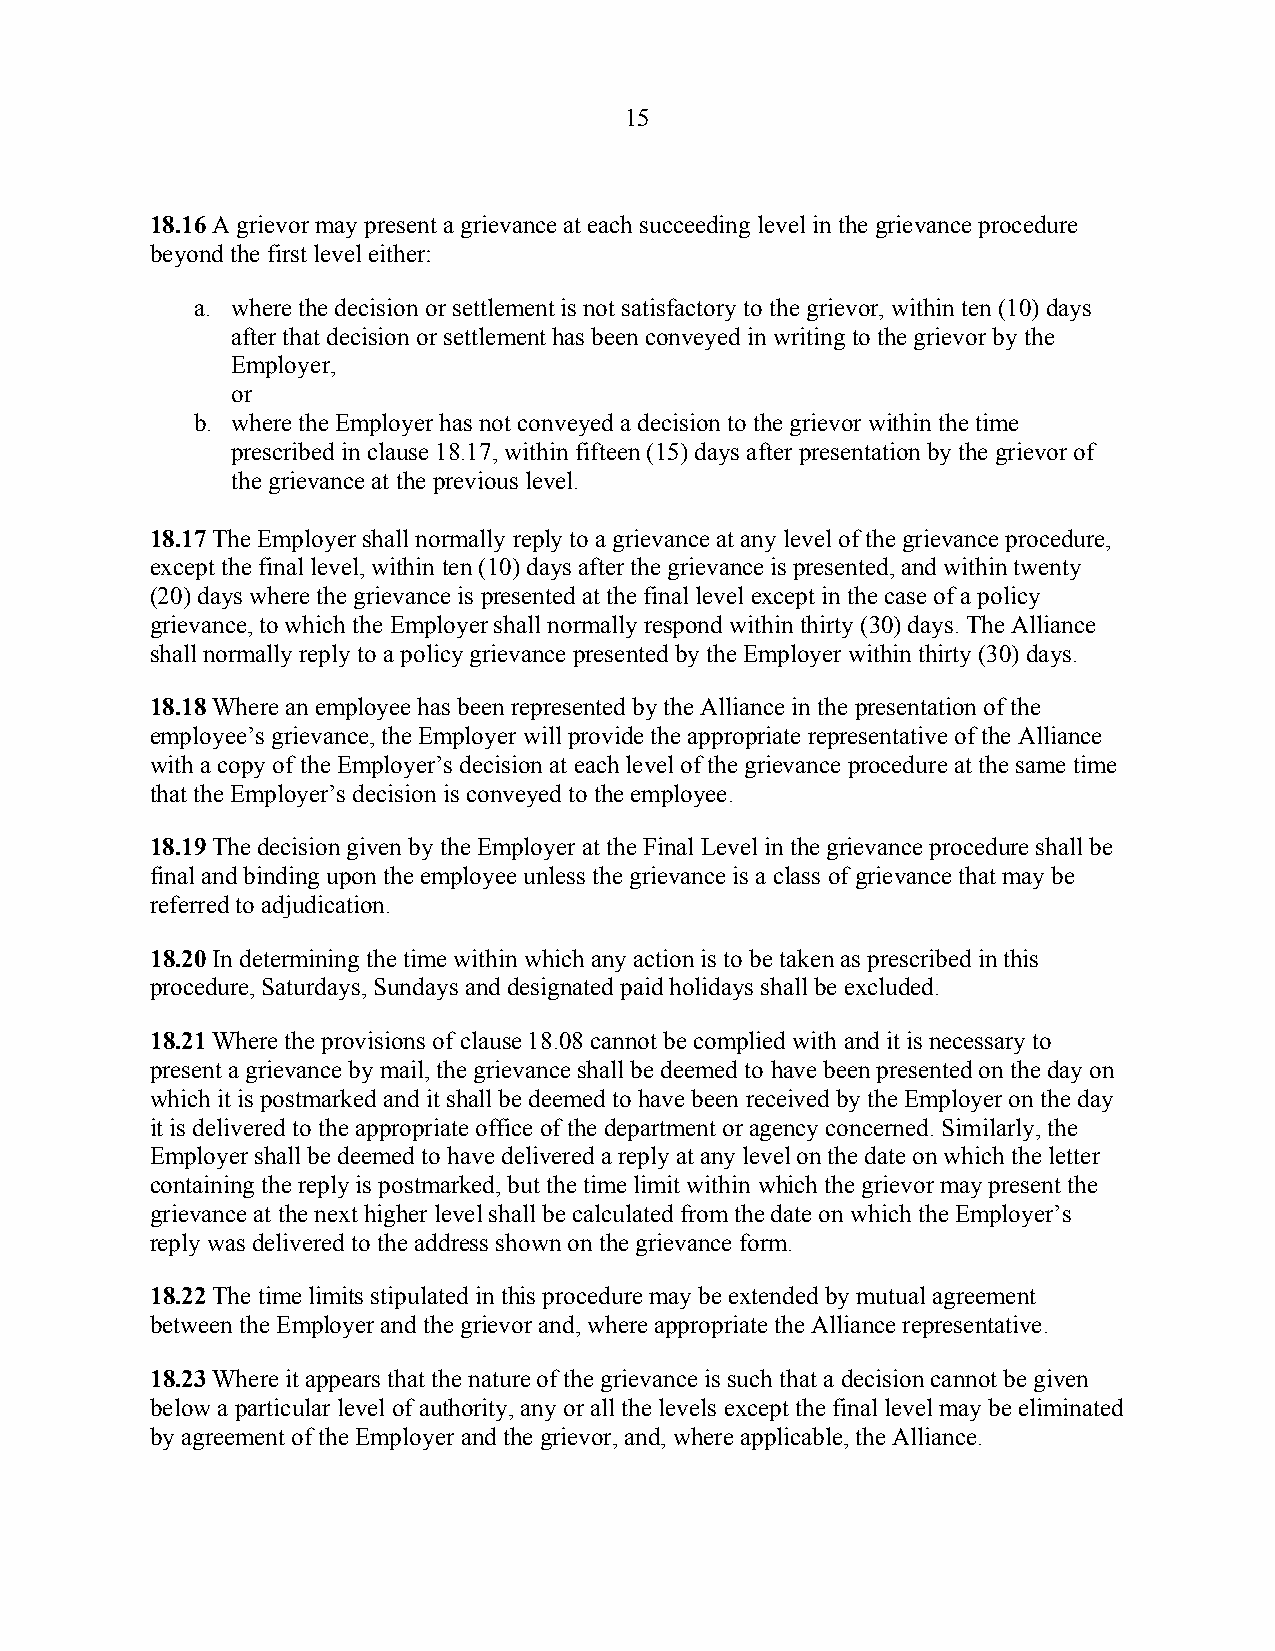
15
 18.16 A grievor may present a grievance at each succeeding level in the grievance procedure
 beyond the first level either:
 a. where the decision or settlement is not satisfactory to the grievor, within ten (10) days
 after that decision or settlement has been conveyed in writing to the grievor by the
 Employer,
 or
 b. where the Employer has not conveyed a decision to the grievor within the time
 prescribed in clause 18.17, within fifteen (15) days after presentation by the grievor of
 the grievance at the previous level.
 18.17 The Employer shall normally reply to a grievance at any level of the grievance procedure,
 except the final level, within ten (10) days after the grievance is presented, and within twenty
 (20) days where the grievance is presented at the final level except in the case of a policy
 grievance, to which the Employer shall normally respond within thirty (30) days. The Alliance
 shall normally reply to a policy grievance presented by the Employer within thirty (30) days.
 18.18 Where an employee has been represented by the Alliance in the presentation of the
 employee’s grievance, the Employer will provide the appropriate representative of the Alliance
 with a copy of the Employer’s decision at each level of the grievance procedure at the same time
 that the Employer’s decision is conveyed to the employee.
 18.19 The decision given by the Employer at the Final Level in the grievance procedure shall be
 final and binding upon the employee unless the grievance is a class of grievance that may be
 referred to adjudication.
 18.20 In determining the time within which any action is to be taken as prescribed in this
 procedure, Saturdays, Sundays and designated paid holidays shall be excluded.
 18.21 Where the provisions of clause 18.08 cannot be complied with and it is necessary to
 present a grievance by mail, the grievance shall be deemed to have been presented on the day on
 which it is postmarked and it shall be deemed to have been received by the Employer on the day
 it is delivered to the appropriate office of the department or agency concerned. Similarly, the
 Employer shall be deemed to have delivered a reply at any level on the date on which the letter
 containing the reply is postmarked, but the time limit within which the grievor may present the
 grievance at the next higher level shall be calculated from the date on which the Employer’s
 reply was delivered to the address shown on the grievance form.
 18.22 The time limits stipulated in this procedure may be extended by mutual agreement
 between the Employer and the grievor and, where appropriate the Alliance representative.
 18.23 Where it appears that the nature of the grievance is such that a decision cannot be given
 below a particular level of authority, any or all the levels except the final level may be eliminated
 by agreement of the Employer and the grievor, and, where applicable, the Alliance.